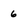
Character: 6